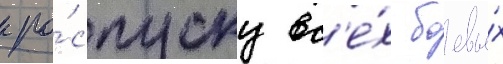
к ро́спуску вс'е́х боевы́х